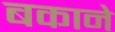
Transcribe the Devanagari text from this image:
बकाने